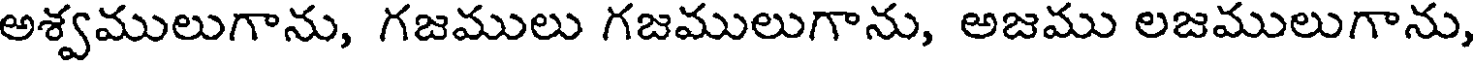
అశ్వములుగాను, గజములు గజములుగాను, అజము లజములుగాను,